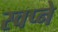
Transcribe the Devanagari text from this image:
स्वप्‍ने